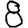
Digit: 8